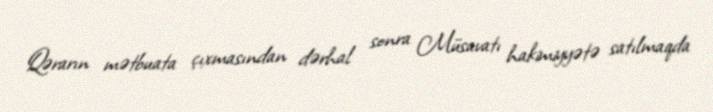
Qərarın mətbuata çıxmasından dərhal sonra Müsavatı hakimiyyətə satılmaqda